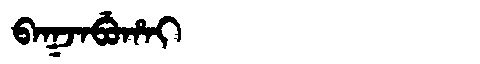
Manchu: ᠪᠠᡴᠵᠠᠪᡠᡥᠠᡳ
Romanization: BAKJABUHAI